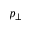
p _ { \perp }